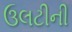
ઉલટીની